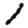
Digit: 1